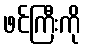
ဖင်ကြီးကို